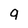
Character: 9